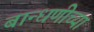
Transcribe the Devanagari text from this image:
बान्धणीच्या